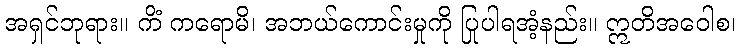
အရှင်ဘုရား။ ကိံ ကရောမိ၊ အဘယ်ကောင်းမှုကို ပြုပါရအံ့နည်း။ ဣတိအဝေါစ၊